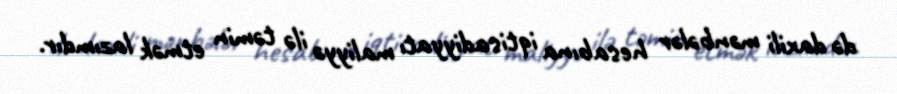
də daxili mənbələr hesabına iqtisadiyyatı maliyyə ilə təmin etmək lazımdır.